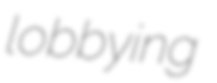
lobbying